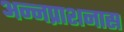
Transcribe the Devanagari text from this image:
अन्नप्राशनास